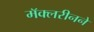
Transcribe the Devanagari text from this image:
मॅक्लरीनने